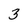
Character: 3